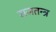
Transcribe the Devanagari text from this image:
राजतन्‍त्र